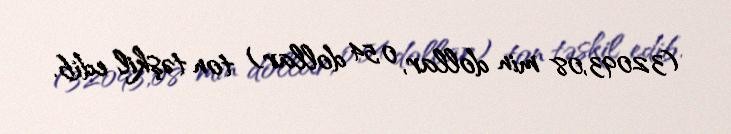
(32093,08 min dollar, 0,54 dollar) ton təşkil edib.